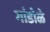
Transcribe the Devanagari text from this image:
गांडोळे